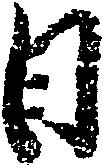
日